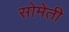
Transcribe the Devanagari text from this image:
सोमेती